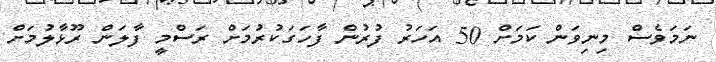
ނަމަވެސް މިނިވަން ކަމަށް 50 އަހަރު ފުރުން ފާހަގަކުރުމަށް ރަސްމީ ފާލަން ރޫޅާލުމަށް